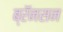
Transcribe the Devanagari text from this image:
ब्रॅनसन